Civil Veterinary Department. Madras. Admin. report 1910-25 - 1910-1925
Year: 1910
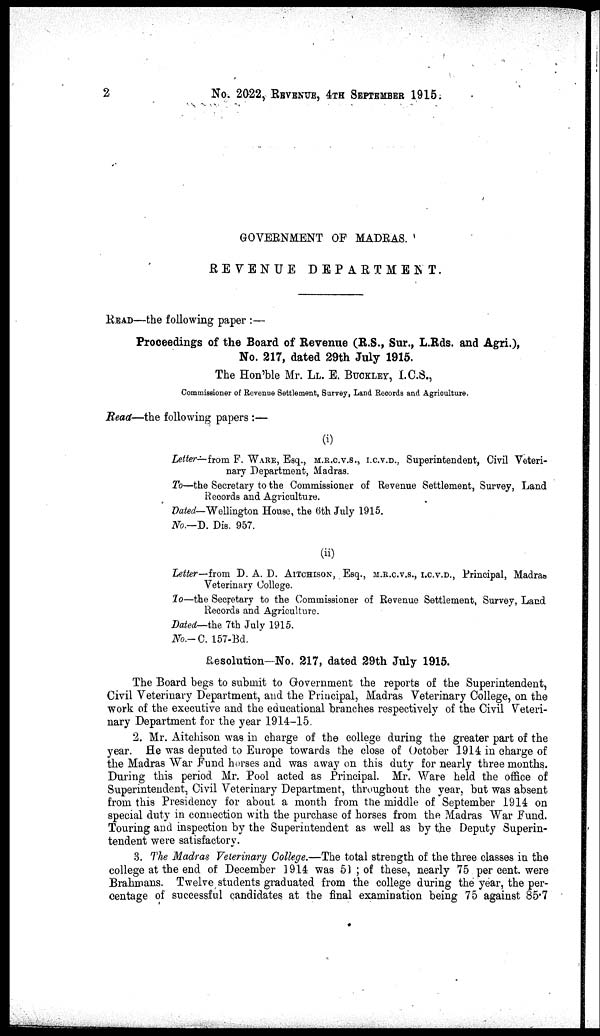
2
No. 2022, REVENUE, 4TH SEPTEMBER 1915,
GOVERNMENT OF MADRAS.
REVENUE
DEPARTMENT.
READ—the following paper :—
Proceedings of the Board of Revenue (R.S., Sur., L.Rds. and Agri.),
No. 217, dated 29th July 1915.
The Hon'ble Mr. LL. E. BUCKLEY, I.C.S.,
Commissioner of Revenue Settlement, Survey, Land Records and Agriculture.
Read—the following papers :—
(i)
Letter—from F. WARE, Esq., M.R.C.V.S., I.C.V.D., Superintendent, Civil Veteri-
nary Department, Madras.
To—the Secretary to the Commissioner of Revenue Settlement, Survey, Land
Records and Agriculture.
Dated— Wellington House, the 6th July 1915.
No.—D. Dis. 957.
(ii)
Letter—from D. A. D. AITHCHISON, Esq., M.R.C.V.S., I.C.V.D., Principal, Madras
Veterinary College.
To—the Secretary to the Commissioner of Revenue Settlement, Survey, Land
Records and Agriculture.
Dated—the 7th July 1915.
No.-C. 157-Bd.
Resolution—No. 217, dated 29th July 1915.
The Board begs to submit to Government the reports of the Superintendent,
Civil Veterinary Department, and the Principal, Madras Veterinary College, on the
work of the executive and the educational branches respectively of the Civil Veteri-
nary Department for the year 1914-15.
2. Mr. Aitchison was in charge of the college during the greater part of the
year. He was deputed to Europe towards the close of October 1914 in charge of
the Madras War Fund horses and was away on this duty for nearly three months.
During this period Mr. Pool acted as Principal. Mr. Ware held the office of
Superintendent, Civil Veterinary Department, throughout the year, but was absent
from this Presidency for about a month from the middle of September 1914 on
special duty in connection with the purchase of horses from the Madras War Fund.
Touring and inspection by the Superintendent as well as by the Deputy Superin-
tendent were satisfactory.
3. The Madras Veterinary College.—The total strength of the three classes in the
college at the end of December 1914 was 51 ; of these, nearly 75 per cent. were
Brahmans. Twelve students graduated from the college during the year, the per-
centage of successful candidates at the final examination being 75 against 85.7